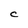
Character: C